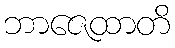
ဘာဇေထာတိ